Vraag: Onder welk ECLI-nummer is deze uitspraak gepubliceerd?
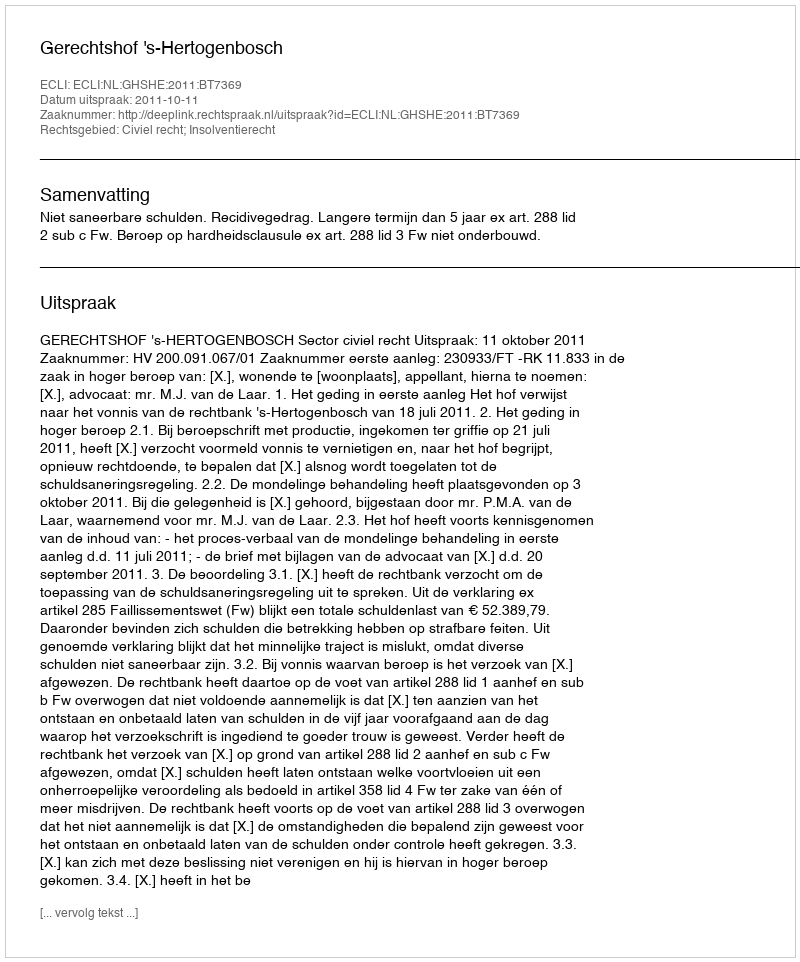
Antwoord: ECLI:NL:GHSHE:2011:BT7369